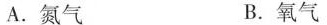
A. 氮气 B. 氧气